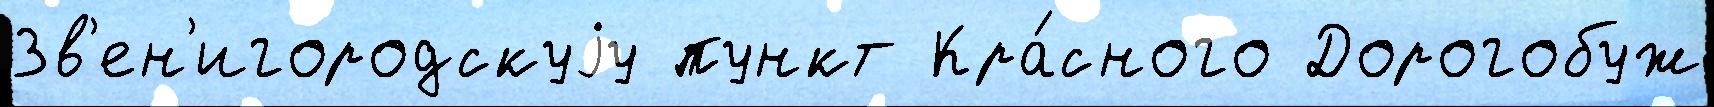
Зв'ен'игородскуjу пункт Кра́сного Дорогобуж